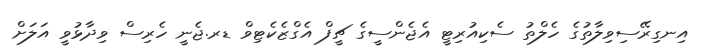
އިނގިރޭސިވިލާތުގެ ހެލްތު ސެކިއުރިޓީ އެޖެންސީގެ ޗީފް އެގްޒެކެޓިވް ޑރ.ޖެނީ ހެރިސް ވިދާޅުވީ އަލަށް